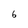
Character: 6